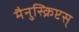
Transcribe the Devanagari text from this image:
मैनुस्क्रिप्टस्‌